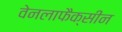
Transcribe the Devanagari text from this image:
वेनलाफैक्सीन